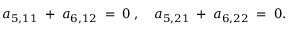
a _ { 5 , 1 1 } \; + \; a _ { 6 , 1 2 } \; = \; 0 \; , \quad a _ { 5 , 2 1 } \; + \; a _ { 6 , 2 2 } \; = \; 0 .